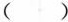
( )